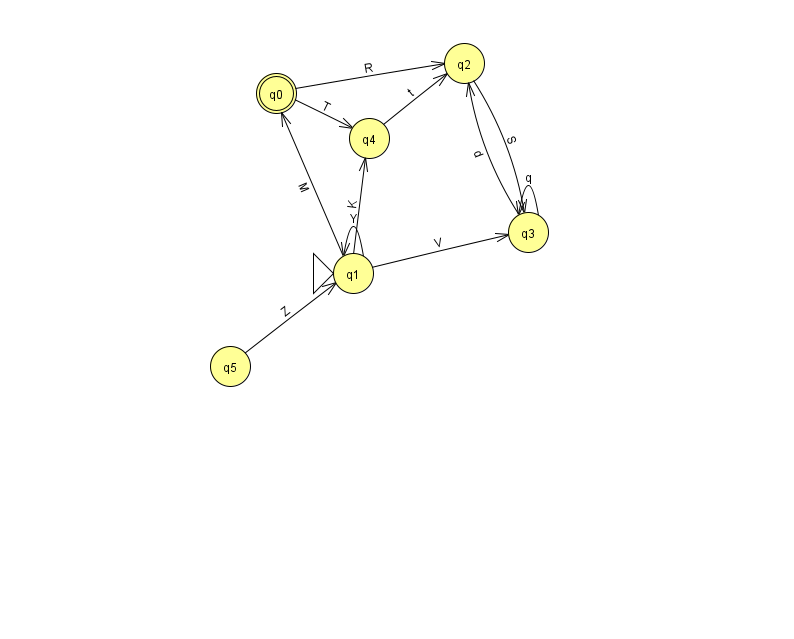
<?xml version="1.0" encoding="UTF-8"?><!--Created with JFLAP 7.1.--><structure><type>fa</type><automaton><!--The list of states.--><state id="0" name="q0"><x>276.0</x><y>80.0</y><final/></state><state id="1" name="q1"><x>353.0</x><y>260.0</y><initial/></state><state id="2" name="q2"><x>464.0</x><y>50.0</y></state><state id="3" name="q3"><x>528.0</x><y>219.0</y></state><state id="4" name="q4"><x>369.0</x><y>125.0</y></state><state id="5" name="q5"><x>230.0</x><y>353.0</y></state><!--The list of transitions.--><transition><from>5</from><to>1</to><read>Z</read></transition><transition><from>3</from><to>3</to><read>q</read></transition><transition><from>0</from><to>2</to><read>R</read></transition><transition><from>2</from><to>3</to><read>S</read></transition><transition><from>1</from><to>0</to><read>M</read></transition><transition><from>3</from><to>2</to><read>d</read></transition><transition><from>4</from><to>2</to><read>t</read></transition><transition><from>0</from><to>4</to><read>T</read></transition><transition><from>1</from><to>1</to><read>Y</read></transition><transition><from>1</from><to>3</to><read>V</read></transition><transition><from>1</from><to>4</to><read>K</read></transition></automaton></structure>